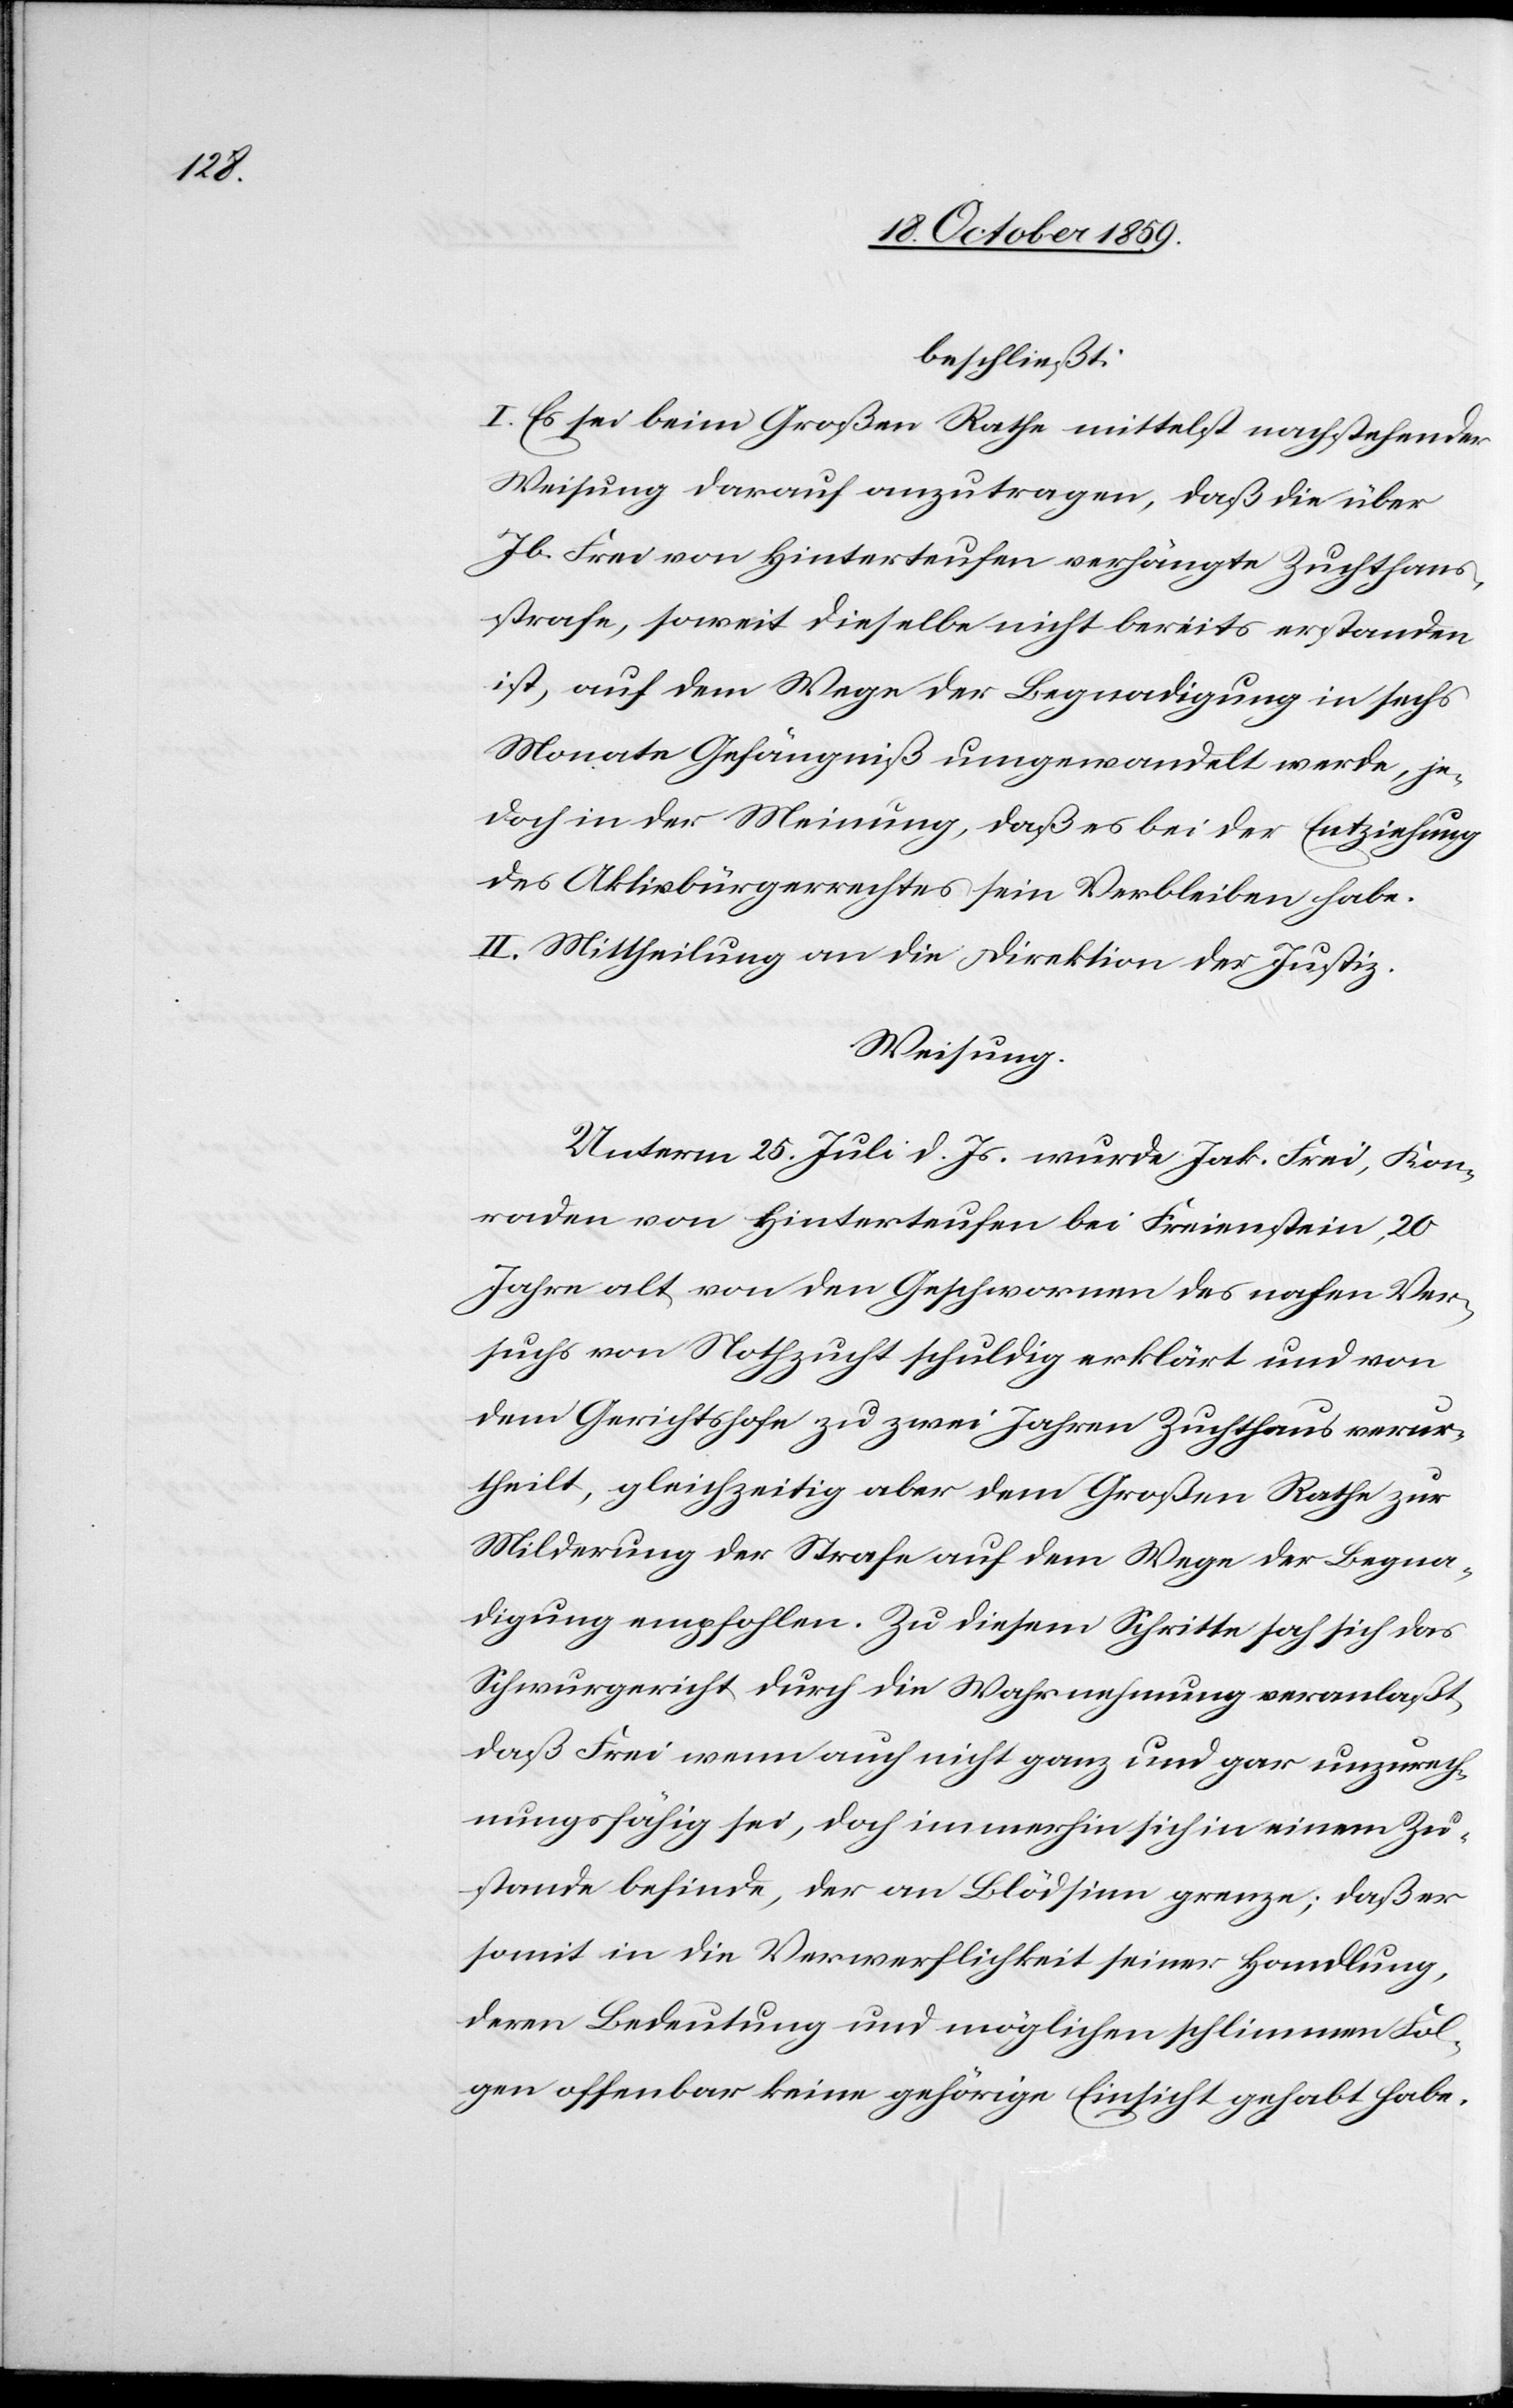
beschließt:
I. Es sei beim Großen Rathe mittelst nachstehender
Weisung darauf anzutragen, daß die über
Jb. Frei von Hinterteufen verhängte Zuchthaus¬
strafe, soweit dieselbe nicht bereits erstanden
ist, auf dem Wege der Begnadigung in sechs
Monate Gefängniß umgewandelt werde, je¬
doch in der Meinung, daß es bei der Entziehung
des Aktivbürgerrechtes sein Verbleiben habe.
II. Mittheilung an die Direktion der Justiz.
Weisung.
Unterm 25. Juli d. Js. wurde Jak. Frei, Kon¬
raden von Hinterteufen bei Freienstein, 20
Jahre alt, von den Geschwornen des nahen Ver¬
suchs von Nothzucht schuldig erklärt und von
dem Gerichtshofe zu zwei Jahren Zuchthaus verur¬
theilt, gleichzeitig aber dem Großen Rathe zur
Milderung der Strafe auf dem Wege der Begna¬
digung empfohlen. Zu diesem Schritte hat sich das
Schwurgericht durch die Wahrnehmung veranlaßt,
daß Frei wenn auch nicht ganz und gar unzurech¬
nungsfähig sei, doch immerhin sich in einem Zu¬
stande befinde, der an Blödsinn grenze; daß er
somit in die Verwerflichkeit seiner Handlung,
deren Bedeutung und möglichen schlimmen Fol¬
gen offenbar keine gehörige Einsicht gehabt habe,